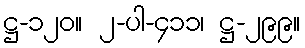
ဋ္ဌ-၁၂၀။ ၂-ပါ-၄၁၁၊ ဋ္ဌ-၂၉၉။